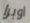
اوبرا